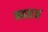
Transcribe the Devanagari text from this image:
बढतअ